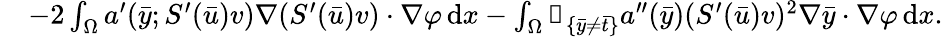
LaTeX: \begin{array}{rl}&{-2\int_{\Omega}a^{\prime}(\bar{y};S^{\prime}(\bar{u})v)\nabla(S^{\prime}(\bar{u})v)\cdot\nabla\varphi\, \mathrm{d}x-\int_{\Omega}\mathbb{1}_{\{ \bar{y}\neq\bar{t}\} }a^{\prime\prime}(\bar{y})(S^{\prime}(\bar{u})v)^{2}\nabla\bar{y}\cdot\nabla\varphi\, \mathrm{d}x.}\end{array}